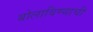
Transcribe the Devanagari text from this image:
बोलाविण्याची